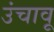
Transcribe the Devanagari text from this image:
उंचावू